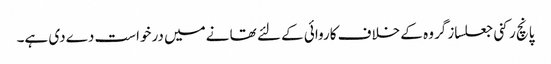
پانچ رکنی جعلساز گروہ کے خلاف کاروائی کے لئے تھا نےمیں درخواست دےدی ہے۔